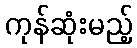
ကုန်ဆုံးမည့်